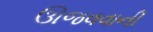
ઊજવવાની